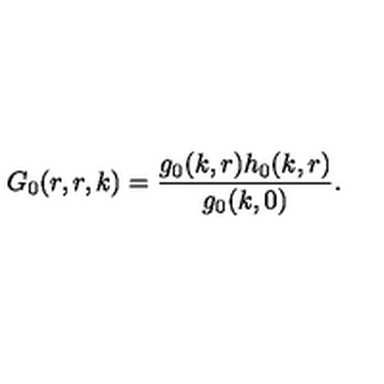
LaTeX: G _ { 0 } ( r , r , k ) = \frac { g _ { 0 } ( k , r ) h _ { 0 } ( k , r ) } { g _ { 0 } ( k , 0 ) } .